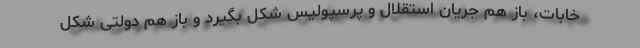
خابات، باز هم جریان استقلال و پرسپولیس شکل بگیرد و باز هم دولتی شکل